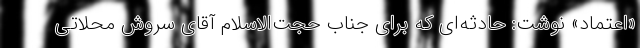
«اعتماد» نوشت: حادثه‌ای که برای جناب‌ حجت‌الاسلام آقای سروش محلاتی